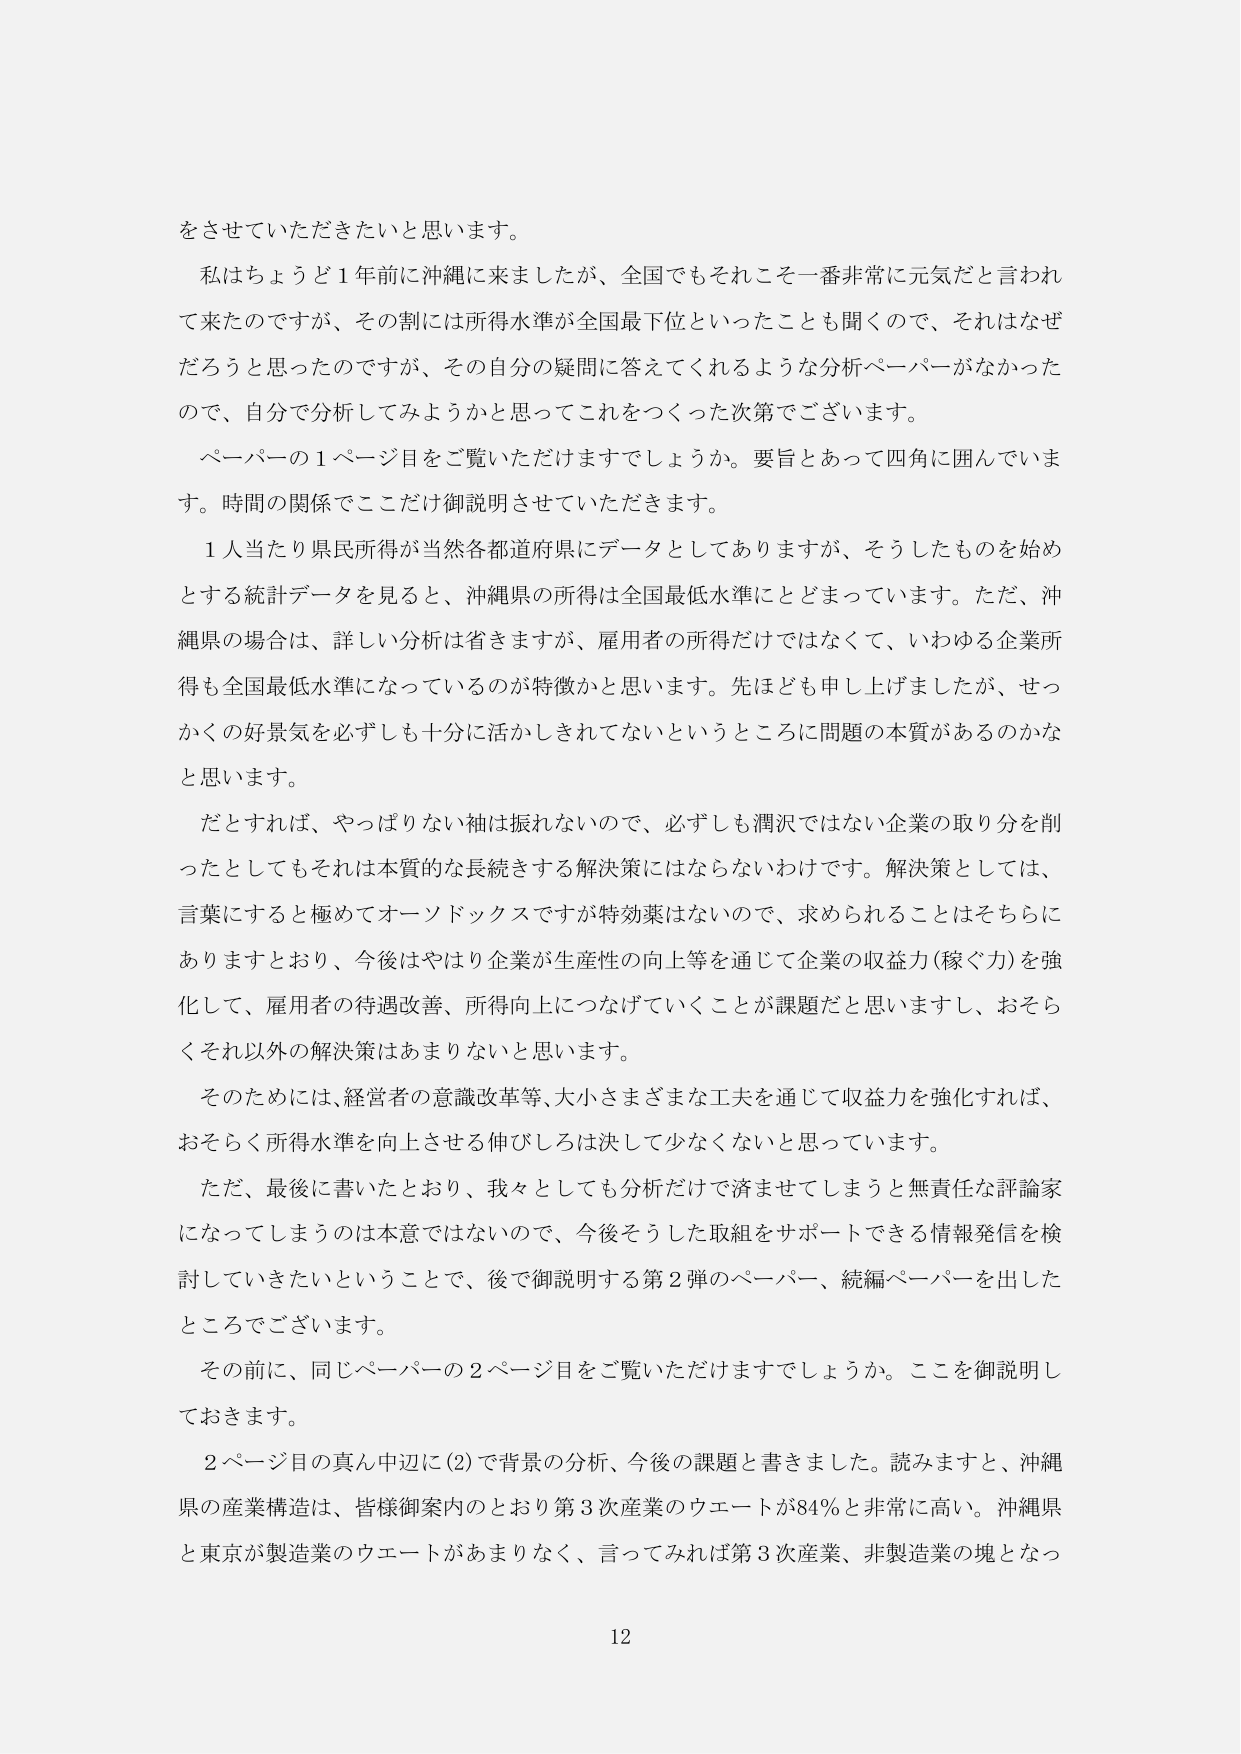
をさせていただきたいと思います。

私はちょうど１年前に沖縄に来ましたが、全国でもそれこそ一番非常に元気だと言われて来たのですが、その割には所得水準が全国最下位といったことも聞くので、それはなぜだろうと思ったのですが、その自分の疑問に答えてくれるような分析ペーパーがなかったので、自分で分析してみようかと思ってこれをつくった次第でございます。

ペーパーの１ページ目をご覧いただけますでしょうか。要旨とあって四角に囲んでいます。時間の関係でここだけ御説明させていただきます。

１人当たり県民所得が当然各都道府県にデータとしてありますが、そうしたものを始めとする統計データを見ると、沖縄県の所得は全国最低水準にとどまっています。ただ、沖縄県の場合は、詳しい分析は省きますが、雇用者の所得だけではなくて、いわゆる企業所得も全国最低水準になっているのが特徴かと思います。先ほども申し上げましたが、せっかくの好景気を必ずしも十分に活かしきれてないというところに問題の本質があるのかなと思います。

だとすれば、やっぱりない袖は振れないので、必ずしも潤沢ではない企業の取り分を削ったとしてもそれは本質的な長続きする解決策にはならないわけです。解決策としては、言葉にすると極めてオーソドックスですが特効薬はないので、求められることはそちらにありますとおり、今後はやはり企業が生産性の向上等を通じて企業の収益力（稼ぐ力）を強化して、雇用者の待遇改善、所得向上につなげていくことが課題だと思いますし、おそらくそれ以外の解決策はあまりないと思います。

そのためには、経営者の意識改革等、大小さまざまな工夫を通じて収益力を強化すれば、おそらく所得水準を向上させる伸びしろは決して少なくないと思っています。

ただ、最後に書いたとおり、我々としても分析だけで済ませてしまうと無責任な評論家になってしまうのは本意ではないので、今後そうした取組をサポートできる情報発信を検討していきたいということで、後で御説明する第２弾のペーパー、続編ペーパーを出したところでございます。

その前に、同じペーパーの２ページ目をご覧いただけますでしょうか。ここを御説明しておきます。

２ページ目の真ん中辺に（2）で背景の分析、今後の課題と書きました。読みますと、沖縄県の産業構造は、皆様御案内のとおり第３次産業のウェートが84％と非常に高い。沖縄県と東京が製造業のウェートがあまりなく、言ってみれば第３次産業、非製造業の塊となっ

12